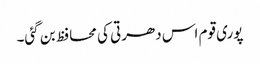
پوری قوم اس دھرتی کی محافظ بن گئی۔